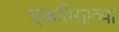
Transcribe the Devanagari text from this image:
एकतिसाव्या